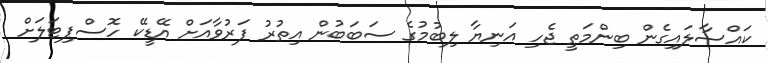
ކައްސާލައިގެން ބިންމަތީ ޖެހި އަނިޔާ ލިބުމުގެ ސަބަބުން އިތުރު ފަރުވާއަށް އޭޑީކޭ ހޮސްޕިޓަލަށް